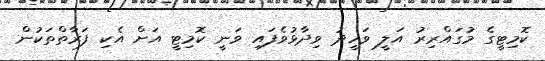
ކޮމިޓީގެ މުގައްރިރު އަލީ ވަހީދު ވިދާޅުވެފައި ވަނީ ކޮމިޓީ އަށް އެކި ފަރާތްތަކުން